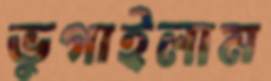
ভুগাইলাম